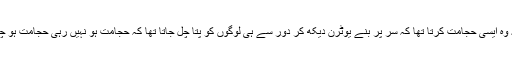
کیوں کہ وہ ایسی حجامت کرتا تھا کہ سر پر بنے یوٹرن دیکھ کر دور سے ہی لوگوں کو پتا چل جاتا تھا کہ حجامت ہو نہیں رہی حجامت ہو چکی ہے۔